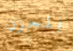
المحزن